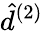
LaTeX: \hat{d}^{(2)}